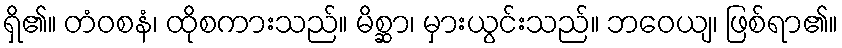
ရှိ၏။ တံဝစနံ၊ ထိုစကားသည်။ မိစ္ဆာ၊ မှားယွင်းသည်။ ဘဝေယျ၊ ဖြစ်ရာ၏။